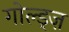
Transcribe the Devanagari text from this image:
गोल्ड्ज़